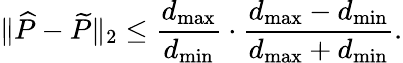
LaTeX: \| \widehat{P}-\widetilde{P}\| _{2}\le\frac{d_{\operatorname*{max}}}{d_{\operatorname*{min}}}\cdot\frac{d_{\operatorname*{max}}-d_{\operatorname*{min}}}{d_{\operatorname*{max}}+d_{\operatorname*{min}}}.